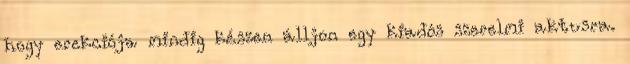
hogy erekciója mindig készen álljon egy kiadós szerelmi aktusra.